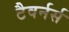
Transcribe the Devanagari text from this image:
टैवर्नर्स